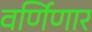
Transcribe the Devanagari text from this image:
वर्णिणार